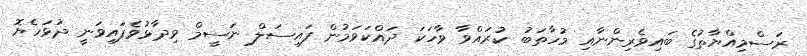
ރަސްމިއްޔާތުގެ ބައިވެރިންނާއި މުހާތަބު ކުރައްވާ ވާހަކަ ދައްކަވަމުން ފައިސަލް ނަސީމް ވިދާޅުވެފައިވަނީ ދުޅަހެޔޮ